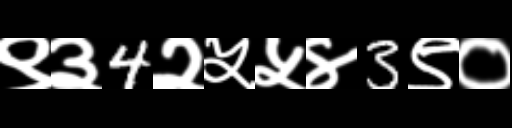
Text: ९३4२५५४3९०